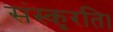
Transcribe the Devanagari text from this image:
संस्कृरति।